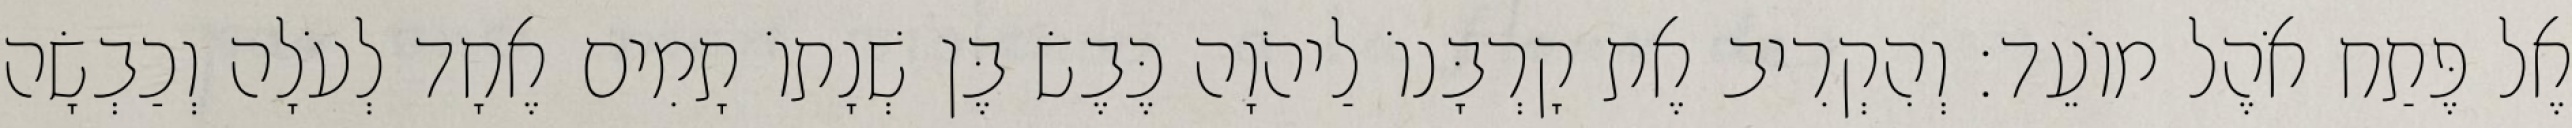
אֶל פֶּתַח אֹהֶל מוֹעֵד׃ וְהִקְרִיב אֶת קָרְבָּנוֹ לַיהֹוָה כֶּבֶשׂ בֶּן שְׁנָתוֹ תָמִים אֶחָד לְעֹלָה וְכַבְשָׂה